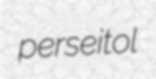
perseitol